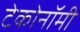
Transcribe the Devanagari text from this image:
टेकोनॉमी